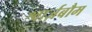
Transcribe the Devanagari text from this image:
श्वार्ज़बौम